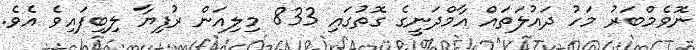
ނޮވެމްބަރު މަހު ދައުލަތައް އާމްދަނީގެ ގޮތުގައި 833 މިލިއަން ރުފިޔާ ލިބިފައިވެ އެވެ.